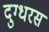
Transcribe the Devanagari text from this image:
दुग्धरस